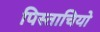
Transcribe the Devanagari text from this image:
पिस्ताचियो